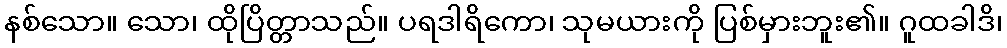
နစ်သော။ သော၊ ထိုပြိတ္တာသည်။ ပရဒါရိကော၊ သုမယားကို ပြစ်မှားဘူး၏။ ဂူထခါဒိ၊